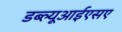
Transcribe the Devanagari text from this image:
डब्ल्यूआईएसए